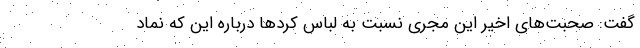
گفت: صحبت‌های اخیر این مجری نسبت به لباس کردها درباره این که نماد